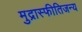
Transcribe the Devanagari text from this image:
मुद्रास्फीतिजन्य